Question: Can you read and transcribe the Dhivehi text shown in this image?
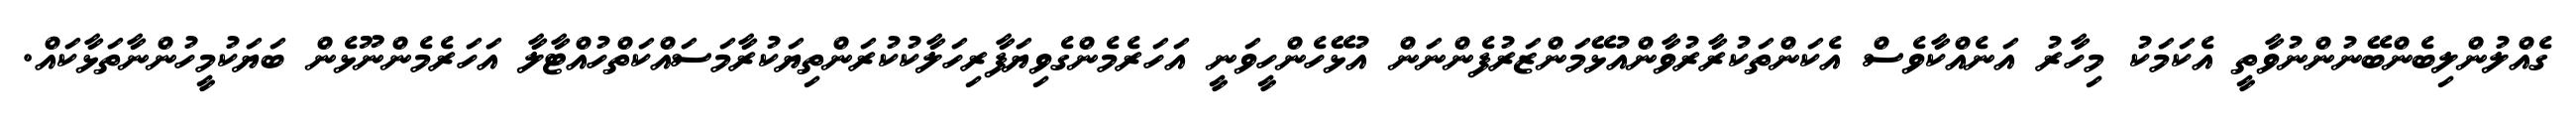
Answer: ގެއްލުންލިބެންބޭނުންނުވާތީ އެކަމަކު މިހާރު އަނެއްކާވެސް އެކަންތަކުރާރުވާންއުޅޭމަންޒަރުފެންނަން އުޅޭހެންހީވަނީ އަހަރެމެންގެވިޔަފާރިހަލާކުކުރަންތިޔަކުރާމަސައްކަތްހުއްޓާލާ އަހަރެމެންނޫޅެން ބަޔަކުމީހުންނާތަޅާކައް.